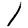
Digit: 1